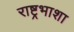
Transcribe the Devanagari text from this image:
राष्ट्रभाशा